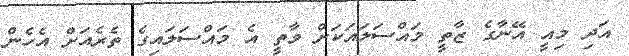
އަދި މިއީ އޭނާގެ ޒާތީ މައްސަލައަކަށް ވާތީ އެ މައްސަލައިގެ ތެރެއަށް އެހެން